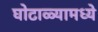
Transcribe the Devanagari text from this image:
घोटाळ्यामध्ये